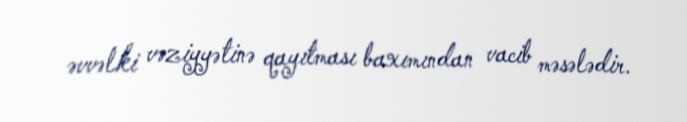
əvvəlki vəziyyətinə qayıtması baxımından vacib məsələdir.